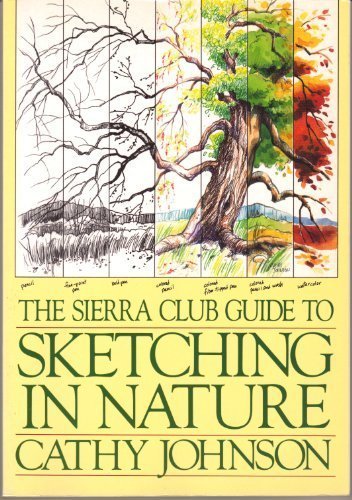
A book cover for The Sierra Club Guide to Sketching in Nature; Cathy Johnson; Arts & Photography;